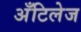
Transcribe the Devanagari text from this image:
अँटिलेज